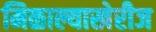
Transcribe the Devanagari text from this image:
मिळाल्याखेरीज